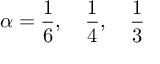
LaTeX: \alpha = \frac { 1 } { 6 } , \quad \frac { 1 } { 4 } , \quad \frac { 1 } { 3 }